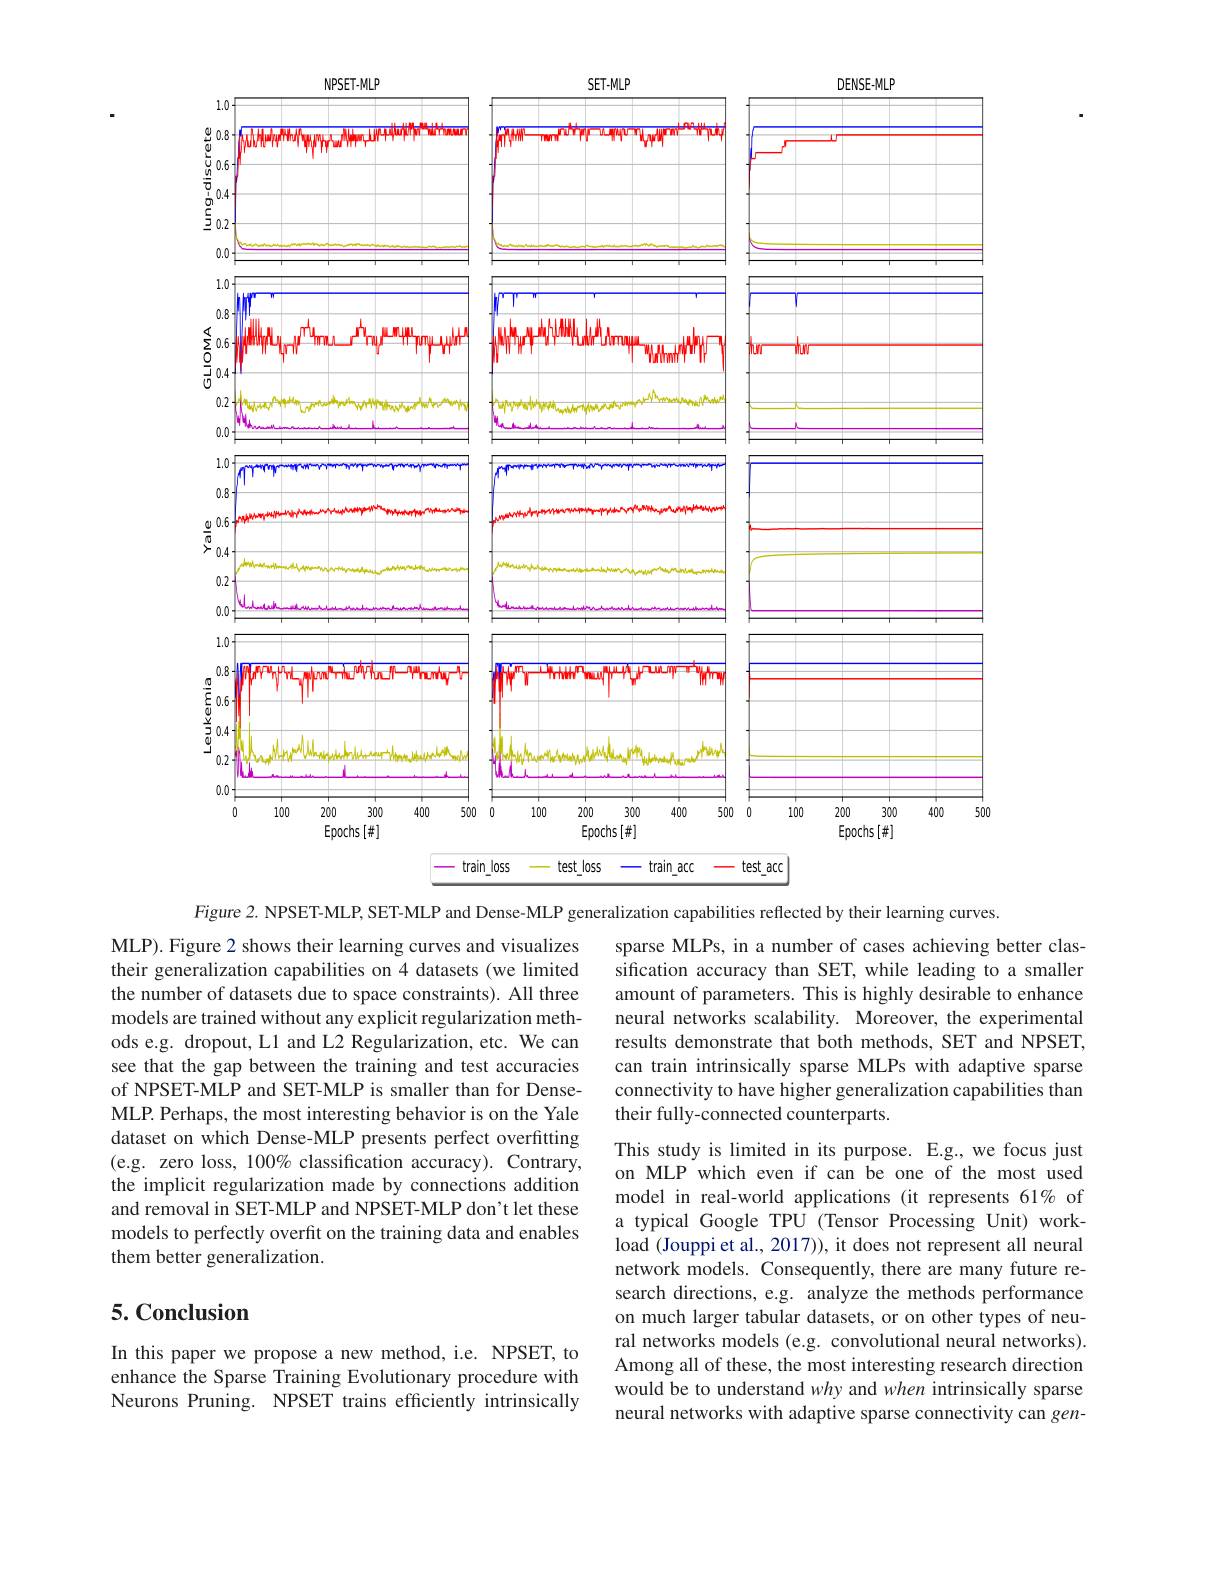
<FigureHere>

Figure 2. NPSET-MLP, SET-MLP and Dense-MLP generalization capabilities reflected by their learning curves

sparse MLPs, in a number of cases achieving better classification accuracy than SET, while leading to a smaller amount of parameters. This is highly desirable to enhance neural networks scalability. Moreover, the experimental results demonstrate that both methods, SET and NPSET, can train intrinsically sparse MLPs with adaptive sparse connectivity to have higher generalization capabilities than their fully-connected counterparts.

MLP). Figure 2 shows their learning curves and visualizes their generalization capabilities on 4 datasets (we limited the number of datasets due to space constraints). All three models are trained without any explicit regularization methods e.g. dropout, L1 and L2 Regularization, etc. We can see that the gap between the training and test accuracies of NPSET-MLP and SET-MLP is smaller than for DenseMLP. Perhaps, the most interesting behavior is on the Yale dataset on which Dense-MLP presents perfect overfitting (e.g. zero loss, 100% classification accuracy). Contrary, the implicit regularization made by connections addition and removal in SET-MLP and NPSET-MLP don't let these models to perfectly overfit on the training data and enables them better generalization.

This study is limited in its purpose. E.g., we focus just on MLP which even if can be one of the most used model in real-world applications (it represents 61% of a typical Google TPU (Tensor Processing Unit) workload (Jouppi et al., 2017)), it does not represent all neural network models. Consequently, there are many future research directions, e.g. analyze the methods performance on much larger tabular datasets, or on other types of neural networks models (e.g. convolutional neural networks) Among all of these, the most interesting research direction would be to understand why and when intrinsically sparse neural networks with adaptive sparse connectivity can gen-

## 5.Conclusion

In this paper we propose a new method, i.e. NPSET, to enhance the Sparse Training Evolutionary procedure with Neurons Pruning. NPSET trains efficiently intrinsically